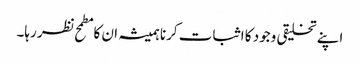
اپنے تخلیقی وجود کا اثبات کرنا ہمیشہ ان کا مطمح نظر رہا۔